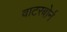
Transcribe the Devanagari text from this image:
वाटरबोर्न